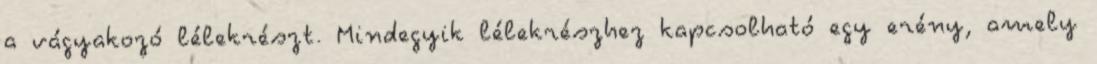
a vágyakozó lélekrészt. Mindegyik lélekrészhez kapcsolható egy erény, amely